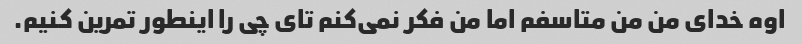
اوه خدای من من متاسفم اما من فکر نمی‌کنم تای چی را اینطور تمرین کنیم.